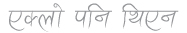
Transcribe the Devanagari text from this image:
एकलो पनि थिएन